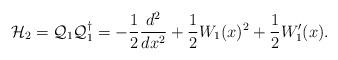
LaTeX: \begin{align*} \mathcal{H}_2 = \mathcal{Q}_1 \mathcal{Q}_1^{\dagger} = -\frac{1}{2}\frac{d^2}{dx^2} + \frac{1}{2} W_1(x)^2 + \frac{1}{2} W_1'(x).\end{align*}